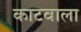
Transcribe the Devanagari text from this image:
काटवाला